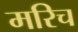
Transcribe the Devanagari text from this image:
मरिच